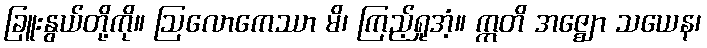
ခြူးနွယ်တို့ကို။ ဩလောကေဿာ မိ၊ ကြည့်ရှုအံ့။ ဣတိ အဇ္ဈော သယေန၊